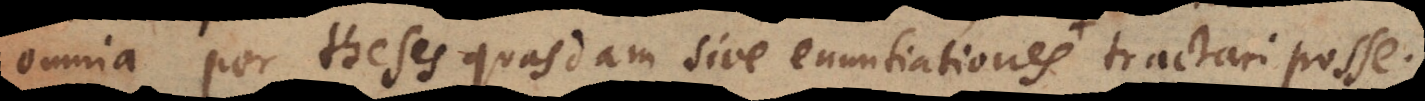
omnia per theses quasdam sive enuntiationes distincte tractari posse.